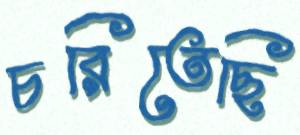
চরিতেছি